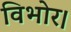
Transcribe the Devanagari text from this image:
विभोर।